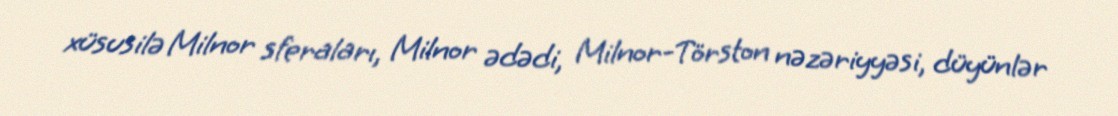
xüsusilə Milnor sferaları, Milnor ədədi, Milnor-Törston nəzəriyyəsi, düyünlər